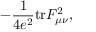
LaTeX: - \frac { 1 } { 4 e ^ { 2 } } \mathrm { t r } F _ { \mu \nu } ^ { 2 } ,